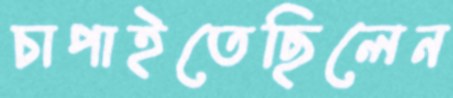
চাপাইতেছিলেন